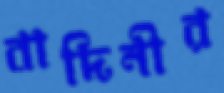
বাদিনীর